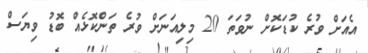
އެއަށް ވުރެ ކުޑަކޮށް ނުވަތަ 20 މިލިއަނަށް ވުރެ ތަންކޮޅެއް ބޮޑު ވިޔަސް